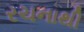
રચનાથી